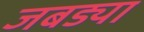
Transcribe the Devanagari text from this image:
जबड्या